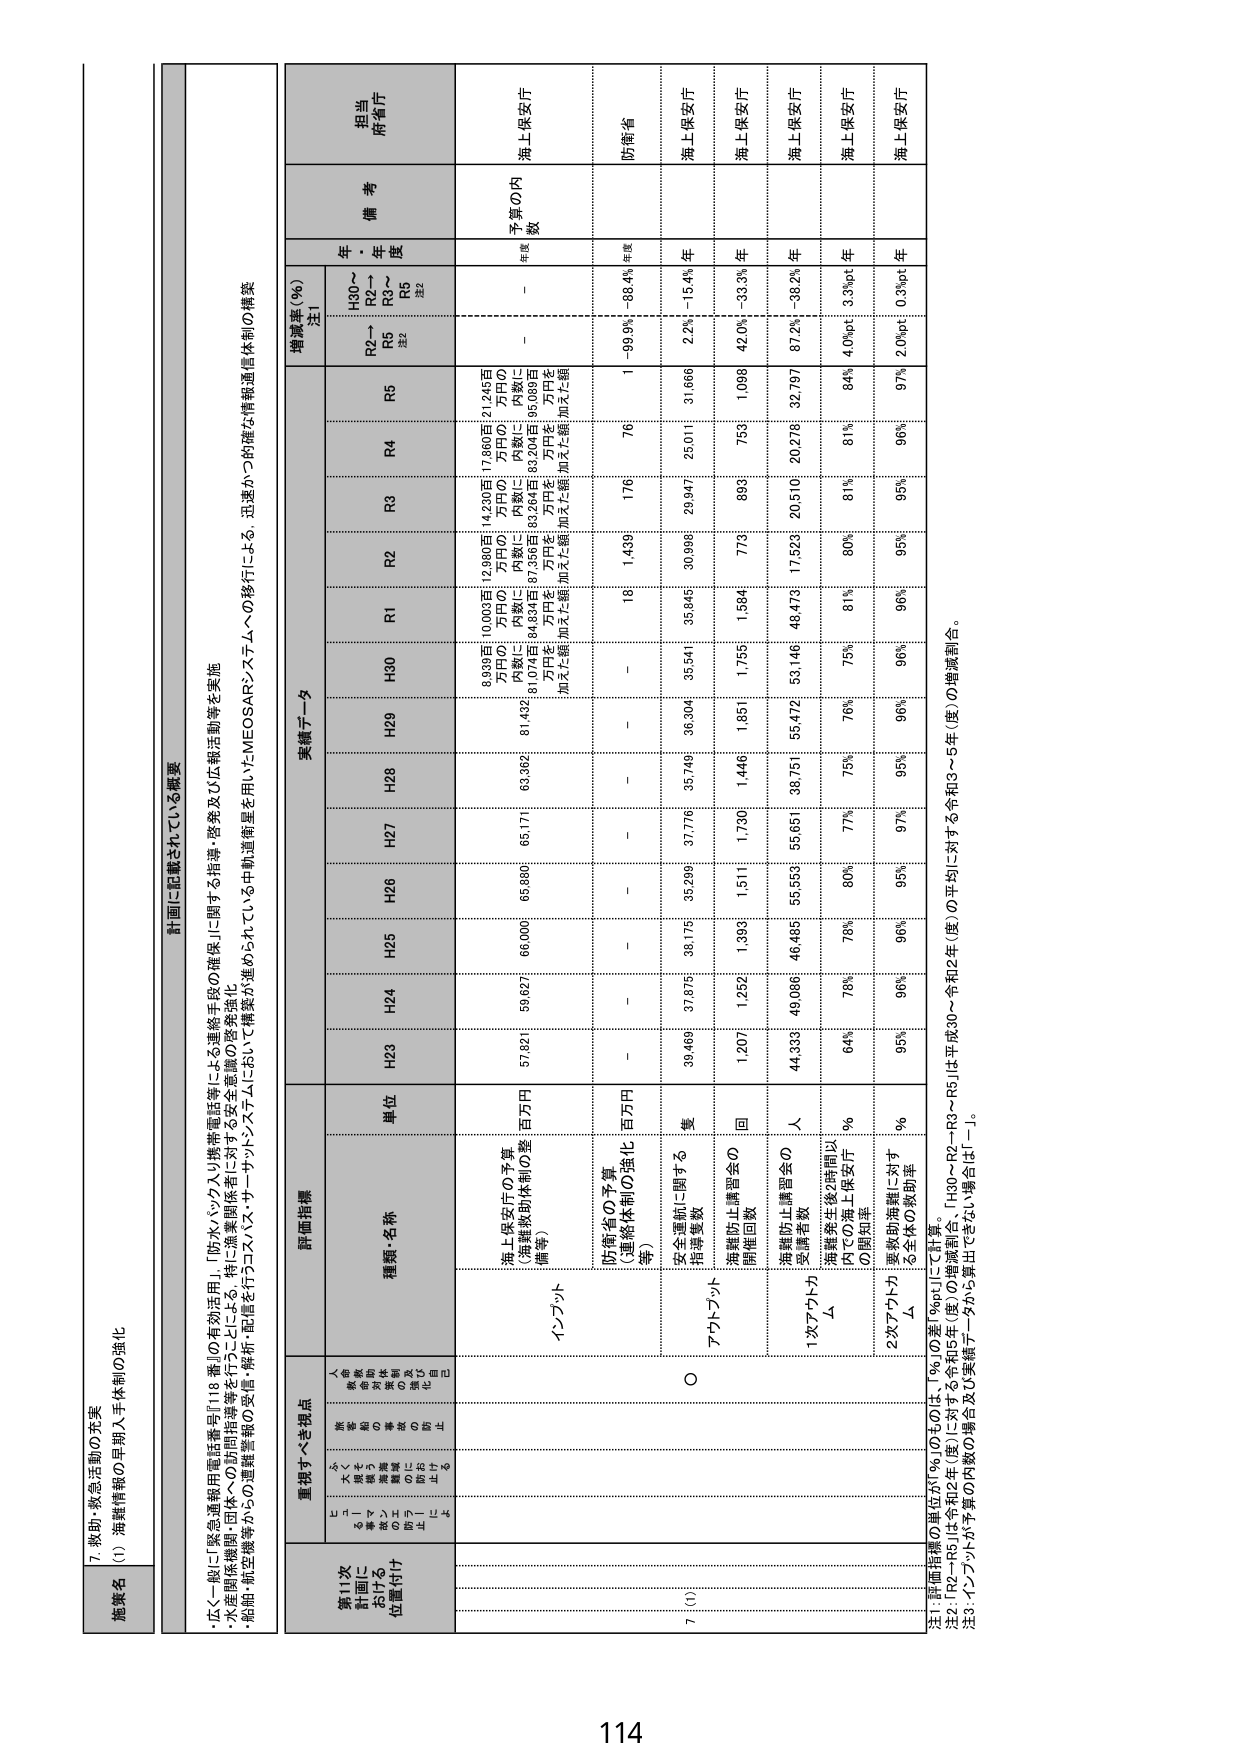
7. 救助・救急活動の充実
(1) 海洋情報の早期入手体制の強化

施策名
計画に記載されている概要
・広く一般に緊急通報用電話番号『118番』の有効活用、「防水ハッカス」携帯電話等による連絡手段の確保」に関する指導・啓発及び広報活動等を実施
・水産関係機関・団体への訪問指導等を行うことによる、特に漁業関係者に対する安全意識の啓発強化
・船舶・航空機等からの理撹警報の受信・解析・配信を行うコスメス・サーサイドシステムにおいて構築が進められている中軌道衛星を用いたMEOSARシステムへの移行による、迅速かつ的確な情報通信体制の構築

重視すべき視点
評価指標
実績データ
増減率（％）
注1
年
備考
担当
所管庁
H30～
R2～
R3～
R5
注2
予算の内
数
年度

第11次
計画に
おける
位置付け
人命救助等の緊急対応の迅速化、効率化を図る
種類・名称
単位
H23
H24
H25
H26
H27
H28
H29
H30
R1
R2
R3
R4
R5
R2～
R5
注2
年度

インプット
海上保安庁の予算
（連絡体制の強化
等）
百万円
57,821
59,627
66,000
65,805
65,171
63,362
81,432
8,939百万円の内
81,074百万円を
加えた額
10,003百万円の内
84,834百万円を
加えた額
12,960百万円の内
87,356百万円を
加えた額
14,230百万円の内
83,264百万円を
加えた額
17,860百万円の内
83,204百万円を
加えた額
21,245百万円の内
95,089百万円を
加えた額
－
海上保安庁

防衛省の予算
（連絡体制の強化
等）
百万円
－
－
－
－
－
－
－
－
18
1,439
176
76
1
－99.9%
88.4%
年度
防衛省

アウトプット
安全運航に関する
指導件数
隻
39,469
37,875
35,299
37,776
35,749
36,304
35,541
35,045
30,998
29,947
25,011
31,666
2.2%
－15.4%
年
海上保安庁

海難防止講習会の
開催回数
回
1,207
1,252
1,393
1,511
1,730
1,446
1,851
1,755
1,584
773
893
759
1,098
42.0%
33.3%
年
海上保安庁

海難防止講習会の
受講者数
人
44,339
49,066
46,485
55,553
55,651
38,751
55,472
53,146
48,473
17,522
20,510
20,278
32,797
87.2%
38.2%
年
海上保安庁

1次アクトカ
Δ
海難発生後2時間以内での海上保安庁
の周知率
％
64%
76%
78%
80%
77%
76%
76%
81%
75%
80%
81%
81%
84%
4.0%p
3.3%p
年
海上保安庁

2次アクトカ
Δ
事故航海籍に対する全体の救助率
％
95%
96%
96%
95%
97%
95%
96%
96%
96%
95%
95%
96%
97%
2.0%p
0.3%p
年
海上保安庁

注1：評価指標の増分が「％」のものは「％」の差「%p」により計算。
注2：「R2～R5」は令和2年（度）に対する令和5年（度）の増減割合。「H30～R2～R5」は平成30～令和2年（度）の平均に対する令和3～5年（度）の増減割合。
注3：インプットが予算の内数の場合及び実績データから算出できない場合は「－」。

114